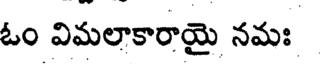
ఓం విమలాకారాయై నమః